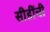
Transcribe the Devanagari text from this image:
सीडींची